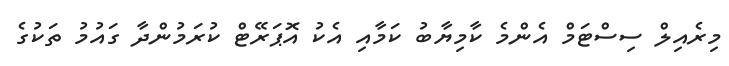
މިރެއިލް ސިސްޓަމް އެންމެ ކާމިޔާބު ކަމާއި އެކު އޮަޕަރޭޓް ކުރަމުންދާ ގައުމު ތަކުގެ